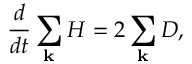
\frac { d } { d t } \sum _ { \bf k } H = 2 \sum _ { \bf k } D ,